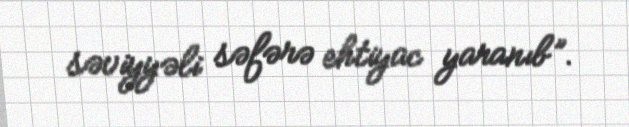
səviyyəli səfərə ehtiyac yaranıb”.